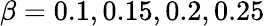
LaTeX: \beta=0.1,0.15,0.2,0.25